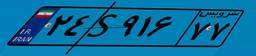
۲۴S۹۱۶۷۷